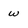
Character: w